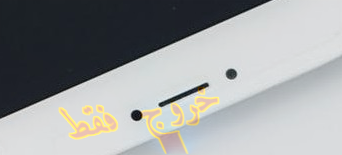
خروج فقط